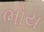
ભોય